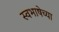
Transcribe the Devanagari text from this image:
स्वभाषेच्या